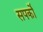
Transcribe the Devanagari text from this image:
सपर्को